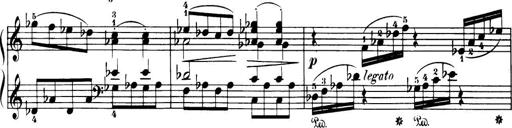
Title: 32 Sonatinas and Rondos for the Piano
Composer: Richard Kleinmichel